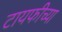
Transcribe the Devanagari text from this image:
टायफीच्या